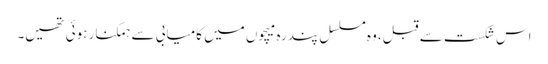
اس شکست سے قبل، وہ مسلسل پندرہ میچوں میں کامیابی سے ہمکنار ہوئی تھیں۔